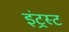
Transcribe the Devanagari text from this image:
इंट्रस्ट